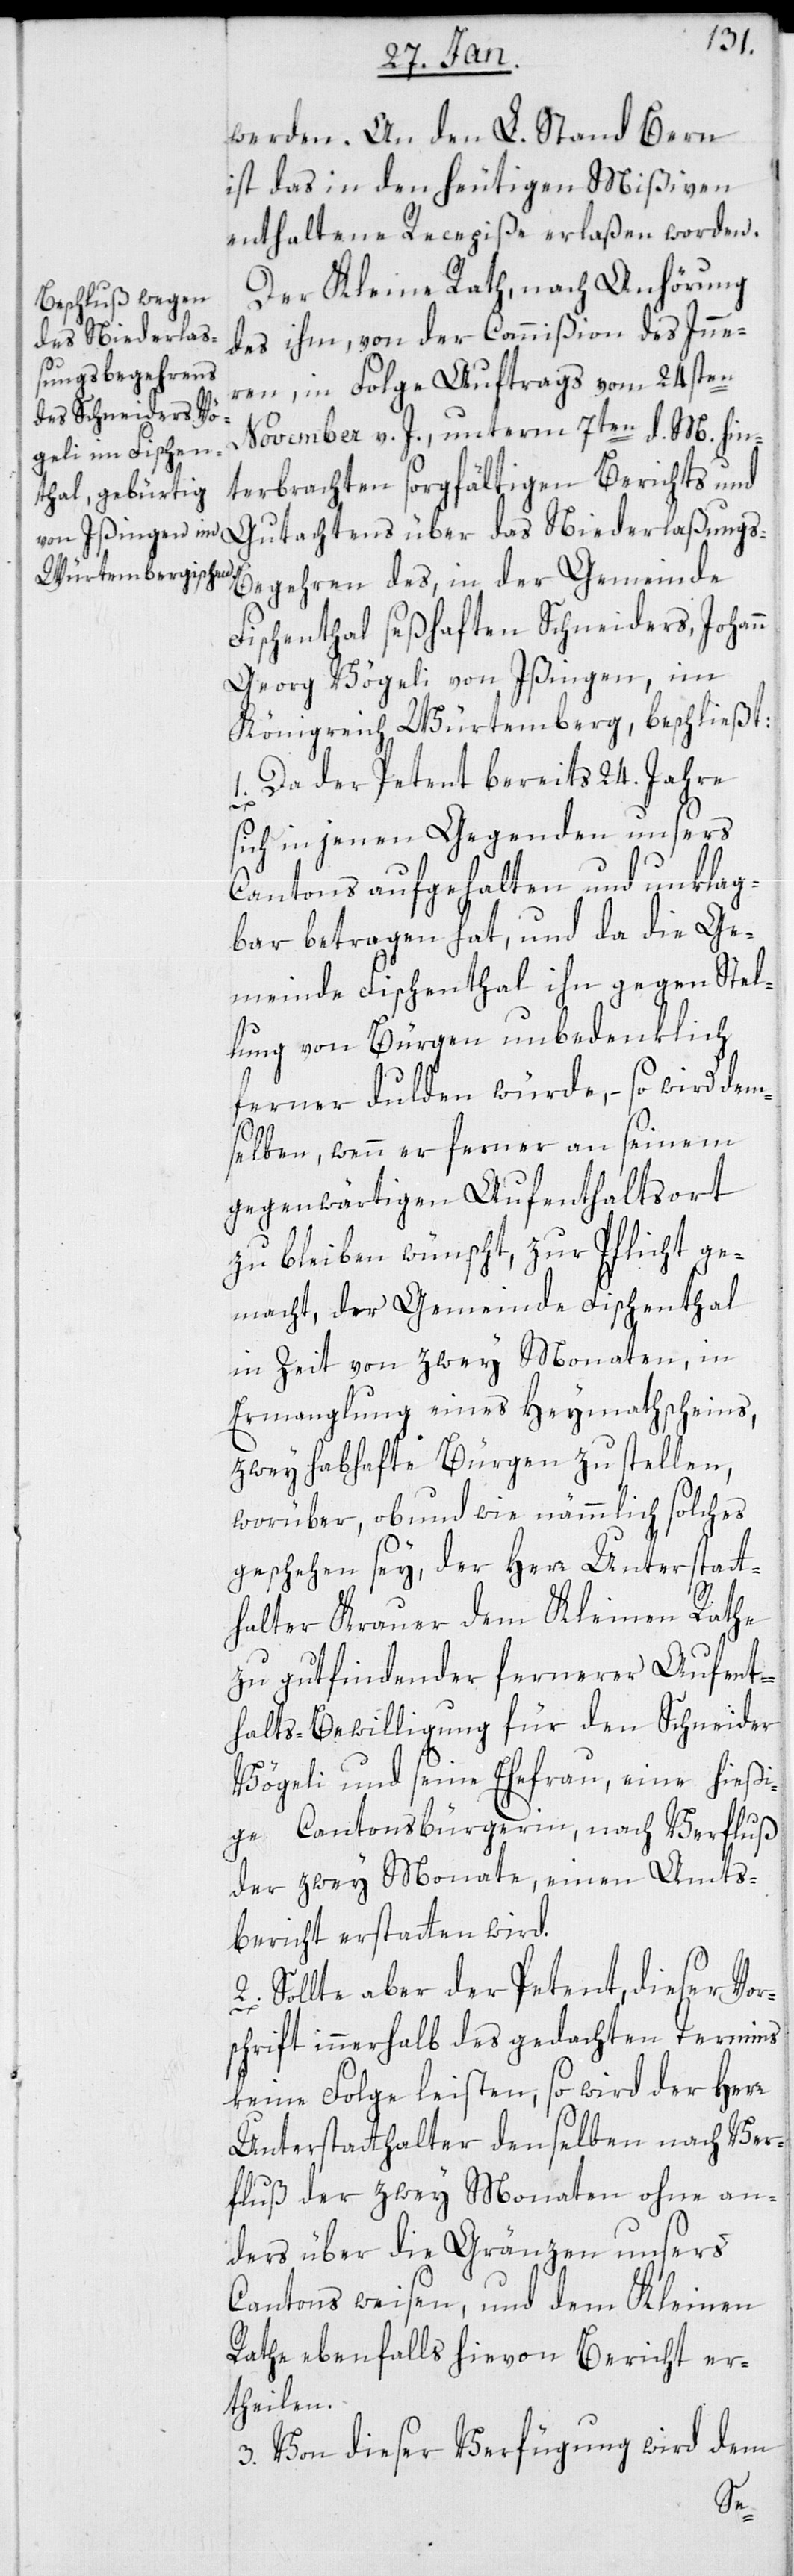
werden. An den L. Stand Bern
ist das in den heutigen Mißiven
enthaltene Recepiße erlaßen worden.
Der Kleine Rath, nach Anhörung
des ihm von der Commißion des Inne¬
s-Begehren
rn, in Folge Auftrags vom 24sten
November v. J., unterm 7ten d. M. hin¬
terbrachten sorgfältigen Berichts und
Gutachtens über das Niederlaßung¬
Fischenthal seßhaften Schneiders, Johann
Georg Vögeli von Ißingen, im
Königreich Würtemberg, beschließt:
1. Da der Petent bereits 24. Jahre
sich in jenen Gegenden unsers
Cantons aufgehalten und unklag¬
bar betragen hat, und da die Ge¬
meinde Fischenthal ihn gegen Stel¬
lung von Bürgen unbedenklich
ferner dulden würde, – so wird dem¬
selben, wenn er ferner an seinem
gegenwärtigen Aufenthaltsort
zu bleiben wünscht, zur Pflicht ge¬
macht, der Gemeinde Fischenthal
in Zeit von zwey Monaten, in
Ermangelung eines Heymathscheins,
zwey habhafte Bürgen zu stellen,
worüber, ob und wie nämmlich solches
geschehen sei, der Herr Unterstatt¬
halter Krauer dem Kleinen Rathe
zu gut findender fernerer Aufent¬
halts-Bewilligung für den Schneider
Vögeli und seine Ehefrau, eine hießi¬
ge Cantonsbürgerin, nach Verfluß
der zwey Monate, einen Amts¬
bericht erstatten wird.
2. Sollte aber der Petent, dieser Vor¬
schrift innerhalb des gedachten Termins
keine Folge leisten, so wird der Herr
Unterstatthalter denselben nach Ver¬
fluß der zwey Monaten ohne an¬
ders über die Gränzen unsers
Cantons weisen, und dem Kleinen
Rathe ebenfalls hievon Bericht er¬
teilen.
3. Von dieser Verfügung wird dem
der